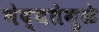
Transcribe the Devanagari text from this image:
भेद्यतेमुळे